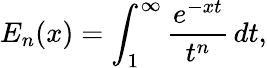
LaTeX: E_{n}(x)=\int_{1}^{\infty}{\frac{e^{-xt}}{t^{n}}}\, dt,